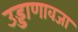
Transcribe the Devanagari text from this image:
उड्डाणावजा